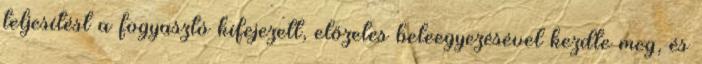
teljesítést a fogyasztó kifejezett, előzetes beleegyezésével kezdte meg, és